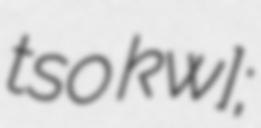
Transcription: ˈʌtsʰo ˈkʰʁɑˀw];